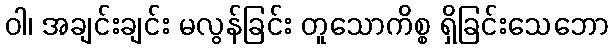
ဝါ၊ အချင်းချင်း မလွန်ခြင်း တူသောကိစ္စ ရှိခြင်းသေဘော